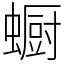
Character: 蟵